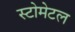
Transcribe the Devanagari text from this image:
स्टोमेटल